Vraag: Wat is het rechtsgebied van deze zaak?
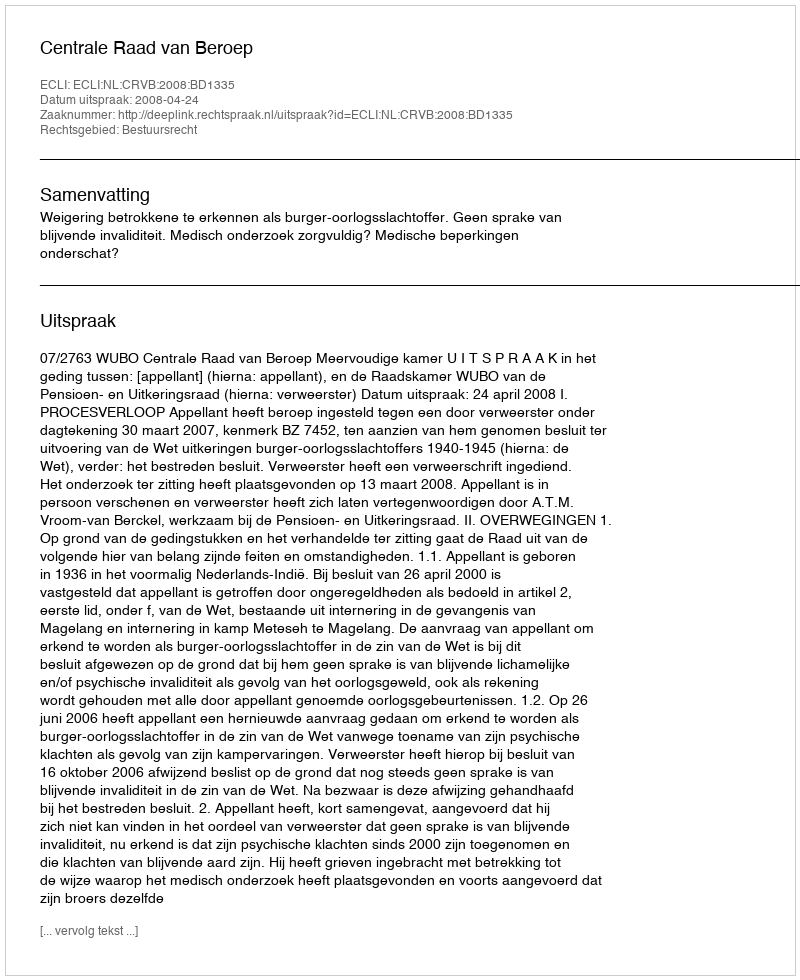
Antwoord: Bestuursrecht